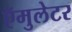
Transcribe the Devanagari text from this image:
ऍमुलेटर